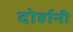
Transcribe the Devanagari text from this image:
दोर्हानी